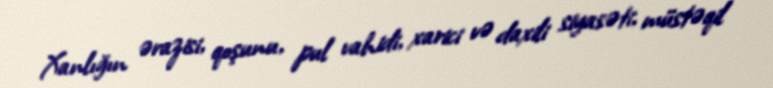
Xanlığın ərazisi, qoşunu, pul vahidi, xarici və daxili siyasəti, müstəqil